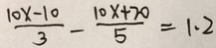
\frac { 1 0 x - 1 0 } { 3 } - \frac { 1 0 x + 2 0 } { 5 } = 1 . 2